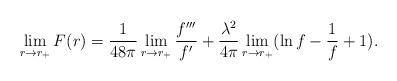
LaTeX: \begin{align*}\lim_{r \to r_+} F(r) = { 1 \over 48 \pi} \lim_{r \to r_+} { f''' \over f'} + { \lambda^2 \over 4 \pi} \lim_{r \to r_+} (\ln f - { 1 \over f} +1) .\end{align*}